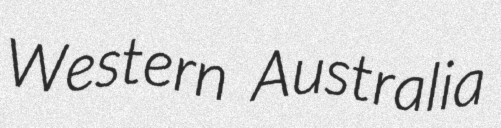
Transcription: Western Australia